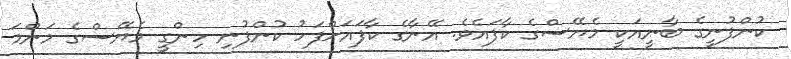
ކުންފުނީގެ ބާނީއަކީ މެޔޭސްގެ ކާފައެވެ. އޭނާގެ ކާފައަށްފަހު ކުންފުނި ހިންގީ މެޔޭސްގެ މަންމަ